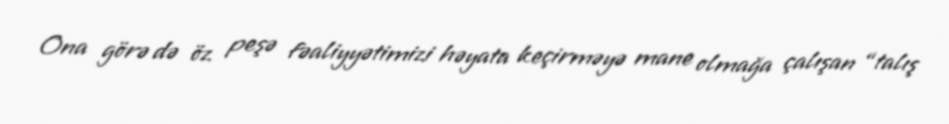
Ona görə də öz peşə fəaliyyətimizi həyata keçirməyə mane olmağa çalışan “talış